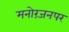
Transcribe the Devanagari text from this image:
मनोरंजनपर